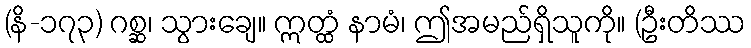
(နိ-၁၇၃) ဂစ္ဆ၊ သွားချေ။ ဣတ္ထံ နာမံ၊ ဤအမည်ရှိသူကို။ (ဦးတိဿ